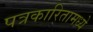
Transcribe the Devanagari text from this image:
पत्रकारितामध्ये